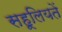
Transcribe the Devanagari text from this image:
सहूलियतें